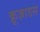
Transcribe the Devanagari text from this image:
क्रूज़ाडस